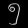
Digit: ၅